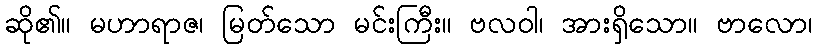
ဆို၏။ မဟာရာဇ၊ မြတ်သော မင်းကြီး။ ဗလဝါ၊ အားရှိသော။ ဗာလော၊